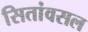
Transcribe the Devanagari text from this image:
सितांवसल